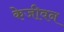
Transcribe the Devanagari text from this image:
केजीवन